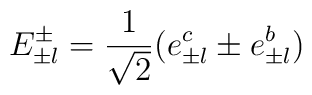
E_{\pm l}^{\pm }=\frac{1}{\sqrt{2}}(e_{\pm l}^{c}\pm e_{\pm l}^{b})